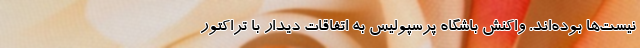
نیست‌ها بوده‌اند. واکنش باشگاه پرسپولیس به اتفاقات دیدار با تراکتور